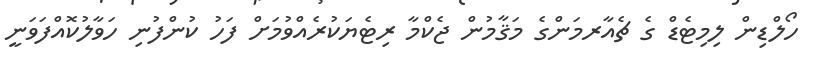
ހޯލްޑިން ލިމިޓެޑް ގެ ޗެއާރމަންގެ މަޤާމުން ޖެކްމާ ރިޓެޔަކުރެއްވުމަށް ފަހު ކުންފުނި ހަވާލުކޮއްފަވަނީ